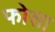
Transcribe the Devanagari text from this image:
फोसा